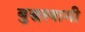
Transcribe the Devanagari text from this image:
बुद्धस्वामी